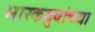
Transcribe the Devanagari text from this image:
भास्कबुवांच्या